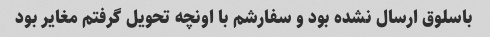
باسلوق ارسال نشده بود و سفارشم با اونچه تحویل گرفتم مغایر بود